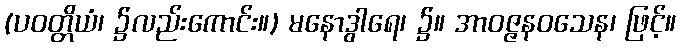
(ပဝတ္တိယံ၊ ၌လည်းကောင်း။) မနောဒွါရေ၊ ၌။ အာဝဇ္ဇနဝသေန၊ ဖြင့်။